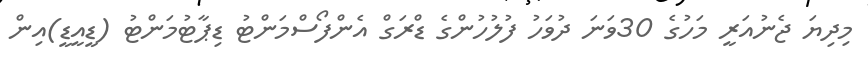
މިދިޔަ ޖެނުއަރީ މަހުގެ 30ވަނަ ދުވަހު ފުލުހުންގެ ޑްރަގް އެންފޯސްމަންޓު ޑިޕާޓުމަންޓު (ޑީއީޑީ)އިން